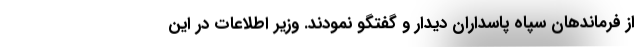
از فرماندهان سپاه پاسداران دیدار و گفتگو نمودند. وزیر اطلاعات در این